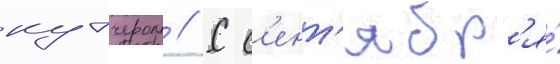
кутчером // С с'ент'ябр'я́